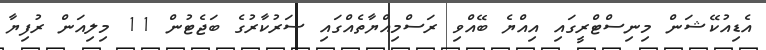
އެޑިއުކޭޝަން މިނިސްޓްރީގައި އިއްޔެ ބޭއްވި ރަސްމިއްޔާތެއްގައި ސަރުކާރުގެ ބަޖެޓުން 11 މިލިއަން ރުފިޔާ